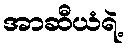
အာဆီယံရဲ့